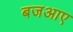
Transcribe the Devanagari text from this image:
बजआए